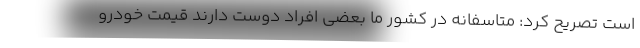
است تصریح کرد: متاسفانه در کشور ما بعضی افراد دوست دارند قیمت خودرو